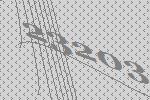
23203